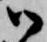
御